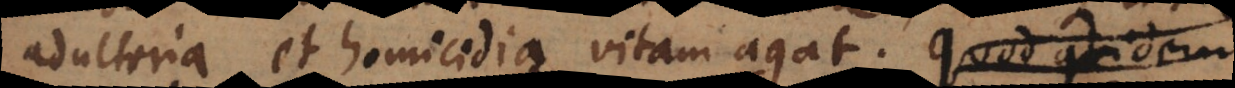
adulteria et homicidia vitam agat. Quae quidem